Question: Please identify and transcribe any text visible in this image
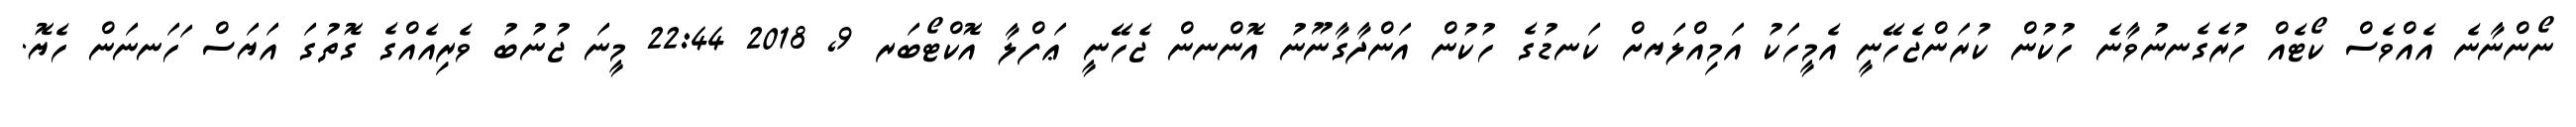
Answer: ނޯންނާނެ އެއްވެސް ކޯޓެއް ހުރެގެނނުވާނެ ހުކުން ކުރަންޖެހޭނީ އެމީހަކު އަމިއްލަޔށް ކަނޑުގެ ހުކުން އަންދާގާނޫނު އޮންނން ޖެހޭނީ ޢަފްލާ އޮކްޓޯބަރ 9, 2018 22:44 މީނަ ޖުނުބު ވެރިއެއްގެ ގޮތުގަ އަޔަސް ަހަނނަން ހެޔޮ.